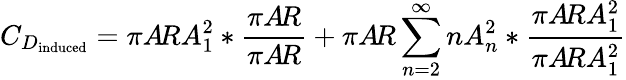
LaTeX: C_{D_{\mathrm{induced}}}=\pi A\! RA_{1}^{2}*{\frac{\pi A\! R}{\pi A\! R}}+\pi A\! R\sum_{n=2}^{\infty}nA_{n}^{2}*{\frac{\pi A\! RA_{1}^{2}}{\pi A\! RA_{1}^{2}}}